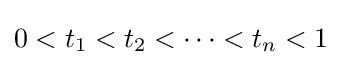
0<t_{1}<t_{2}<\dots <t_{n}<1